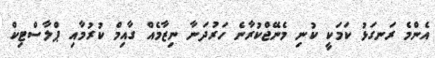
އެންމެ ރަނގަޅު ކަމަކީ ކުނި މެނޭޖްކުރާނެ ހަރުދަނާ ނިޒާމެއް ގާއިމް ކުރުމާއި ޕްލާސްޓިކް